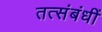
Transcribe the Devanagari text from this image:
तत्संबंधीं